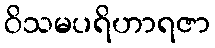
ဝိသမပရိဟာရဇာ